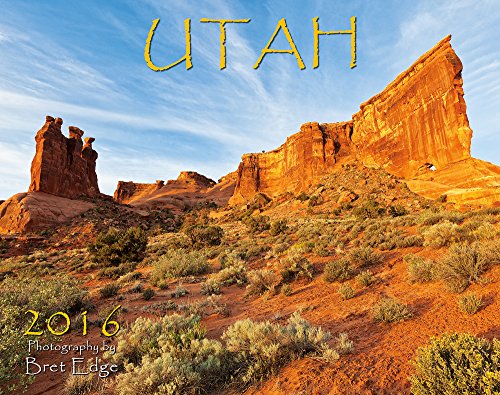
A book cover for Utah 2016 Deluxe Wall Calendar; Bret Edge; Calendars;